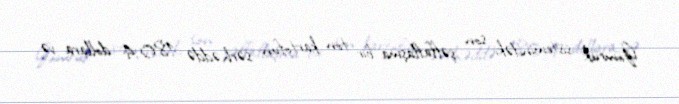
Gömrük sistemindəki son şəffaflaşma bir ton kartofun sərhəddə 180,4 dollara və